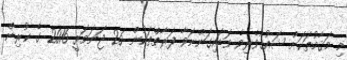
މި މަޤާމުތަކަށް ޝައުޤުވެރިވެ ވަޑައިގަންނަވާ ފަރާތްތަކުން 26 ޖަނަވަރީ 2016 ގެ ކުރިން